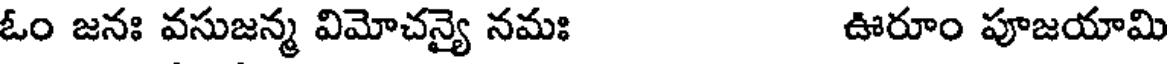
ఓం జనః వసుజన్మ విమోచన్యై నమః ఊరూం పూజయామి